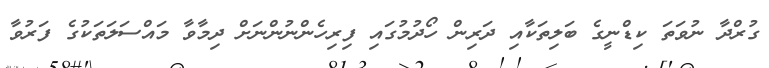
ގުރްދާ ނުވަތަ ކިޑްނީގެ ބަލިތަކާއި ދަރިން ހޯދުމުގައި ފިރިހެންނުންނަށް ދިމާވާ މައްސަލަތަކުގެ ފަރުވާ